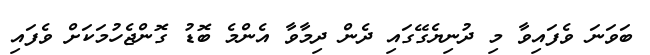
ބަވަނަ ވެފައިވާ މި ދުނިޔެގޭގައި ދެން ދިމާވާ އެންމެ ބޮޑު ގޮންޖެހުމަކަށް ވެފައި